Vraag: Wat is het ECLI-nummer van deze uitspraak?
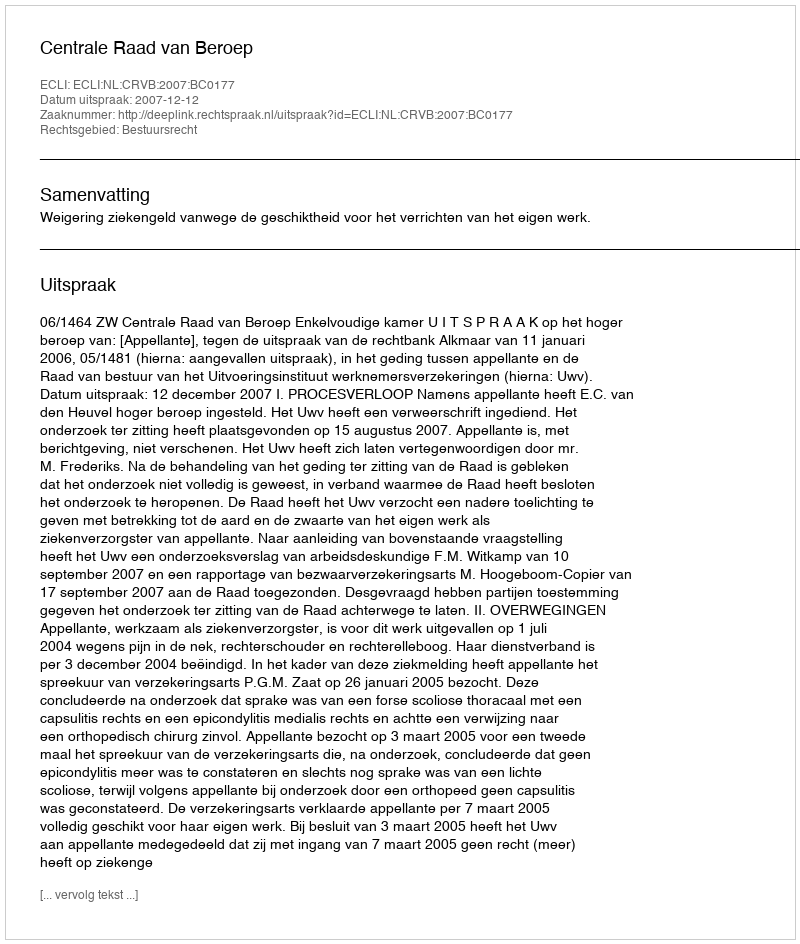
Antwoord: ECLI:NL:CRVB:2007:BC0177